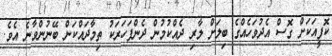
ކޮފީއަކަަށް ގޮސް އެދުވަހެއްގެ ބިލަށް ލާރި ދެއްކުމުން ދެންފަހަރަކު ތިމާދައްކަން ބޭނުންވާނެ އެވެ.